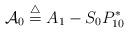
LaTeX: \begin{align*} \mathcal{A}_{0}\overset{\triangle}{=}A_{1}-S_{0}P_{1 0}^{*}\end{align*}